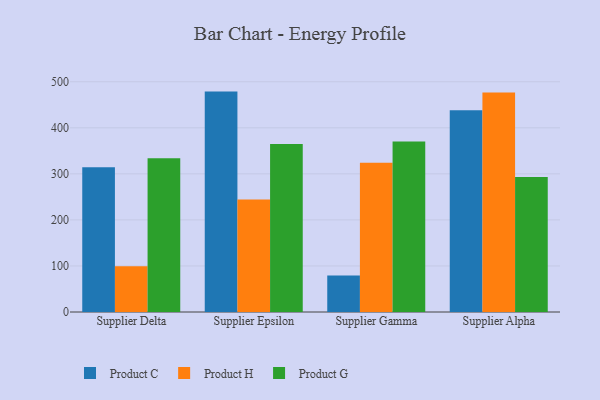
{"axis": {"x": "Supplier", "y": "Waste Production (Tons)"}, "legend": ["Product C", "Product G", "Product H"], "data": [{"x": "Supplier Delta", "y": 314.3, "type": "Product C"}, {"x": "Supplier Delta", "y": 99.2, "type": "Product H"}, {"x": "Supplier Delta", "y": 334.1, "type": "Product G"}, {"x": "Supplier Epsilon", "y": 478.6, "type": "Product C"}, {"x": "Supplier Epsilon", "y": 244.4, "type": "Product H"}, {"x": "Supplier Epsilon", "y": 364.9, "type": "Product G"}, {"x": "Supplier Gamma", "y": 79.4, "type": "Product C"}, {"x": "Supplier Gamma", "y": 323.9, "type": "Product H"}, {"x": "Supplier Gamma", "y": 370.1, "type": "Product G"}, {"x": "Supplier Alpha", "y": 438.3, "type": "Product C"}, {"x": "Supplier Alpha", "y": 476.8, "type": "Product H"}, {"x": "Supplier Alpha", "y": 293.2, "type": "Product G"}]}